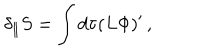
\delta _ { \parallel } S = \int d \tau ( L \Phi ) ^ { \prime } \, ,